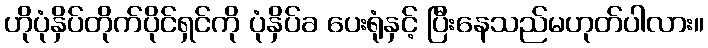
ဟိုပုံနှိပ်တိုက်ပိုင်ရှင်ကို ပုံနှိပ်ခ ပေးရုံနှင့် ပြီးနေသည်မဟုတ်ပါလား။